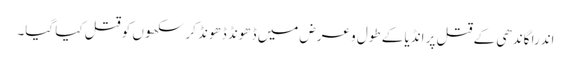
اندرا گاندھی کے قتل پر انڈیا کے طول و عرض میں ڈھونڈ ڈھونڈ کر سکھوں کو قتل کیا گیا۔